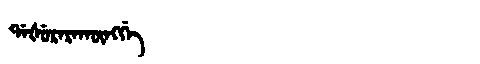
Manchu: ᡩᠠᡧᡠᡵᠠᡵᠠᡴᡡᠩᡤᡝ
Romanization: DAŠURARAKŪNGGE